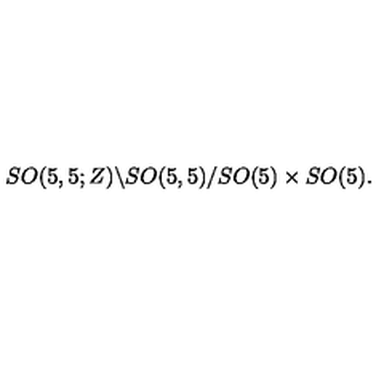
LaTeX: S O ( 5 , 5 ; Z ) \backslash S O ( 5 , 5 ) / S O ( 5 ) \times S O ( 5 ) .